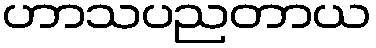
ဟာသပညတာယ